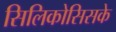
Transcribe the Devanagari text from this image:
सिलिकोसिसके